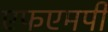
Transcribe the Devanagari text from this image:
एफएमपी